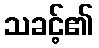
သခင့်၏